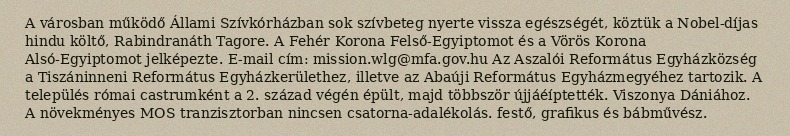
A városban működő Állami Szívkórházban sok szívbeteg nyerte vissza egészségét, köztük a Nobel-díjas hindu költő, Rabindranáth Tagore. A Fehér Korona Felső-Egyiptomot és a Vörös Korona Alsó-Egyiptomot jelképezte. E-mail cím: mission.wlg@mfa.gov.hu Az Aszalói Református Egyházközség a Tiszáninneni Református Egyházkerülethez, illetve az Abaúji Református Egyházmegyéhez tartozik. A település római castrumként a 2. század végén épült, majd többször újjáéíptették. Viszonya Dániához. A növekményes MOS tranzisztorban nincsen csatorna-adalékolás. festő, grafikus és bábművész.